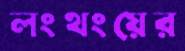
লংথংয়ের